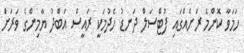
ހަމަވާ ކޮންމެ ރަށެއްގައި ފުޓްސަލް ދަނޑު ހެދުމަކީ ރައީސް އަބްދު ޔާމިންގެ ވަރަށަް